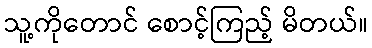
သူ့ကိုတောင် စောင့်ကြည့် မိတယ်။